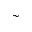
\sim